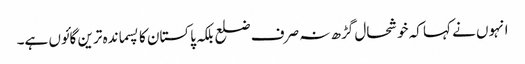
انہوں نے کہا کہ خوشحال گڑھ نہ صرف ضلع بلکہ پاکستان کا پسماندہ ترین گائوں ہے۔